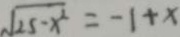
\sqrt { 2 5 - x ^ { 2 } } = - 1 + x